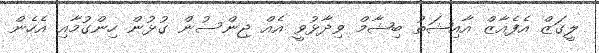
ލީގަޒް އެފެއާޒް އާއިޝަތު ބިޝާމް ވިދާޅުވީ އެއް ޖިންސުން ގުޅުން ހިންގުމާއި އެހެން